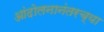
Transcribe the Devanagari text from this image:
आंदोलनानंतरच्या